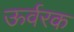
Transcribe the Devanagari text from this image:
ऊर्वरक